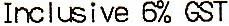
INCLUSIVE 6% GST